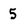
Character: 5